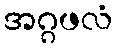
အဂ္ဂဖလံ